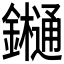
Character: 𨯁